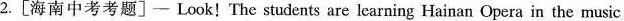
2.[海南中考考题〕- Look!The students are learning Hainan Opera in the music